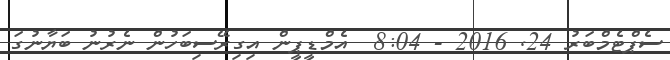
ސެޕްޓެމްބަރު 24